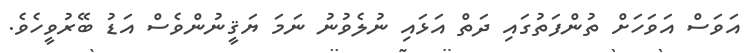
އަވަސް އަވަހަށް ތުންފަތުގައި ދަތް އަޅައި ނުލެވުނު ނަމަ ޔަޤީނުންވެސް އަޑު ބޭރުވީހެވެ.